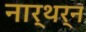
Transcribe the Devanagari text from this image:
नार्थर्न